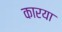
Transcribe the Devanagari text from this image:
कारया